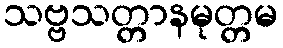
သဗ္ဗသတ္တာနမုတ္တမ